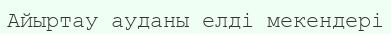
Айыртау ауданы елді мекендері